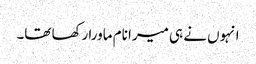
انہوں نے ہی میرا نام ماورا رکھا تھا۔